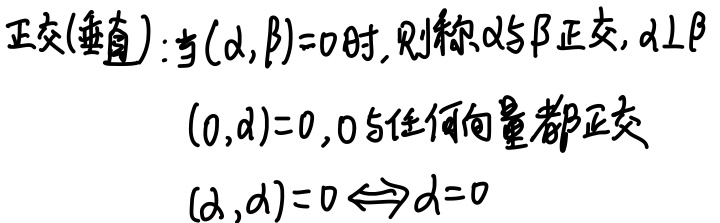
正交(垂直): 当$(\alpha, \beta)=0$时, 则称$\alpha$与$\beta$正交, $\alpha \perp \beta$
$(0, \alpha)=0$, $0$与任何向量都正交
$(\alpha, \alpha)=0 \Leftrightarrow \alpha = 0$